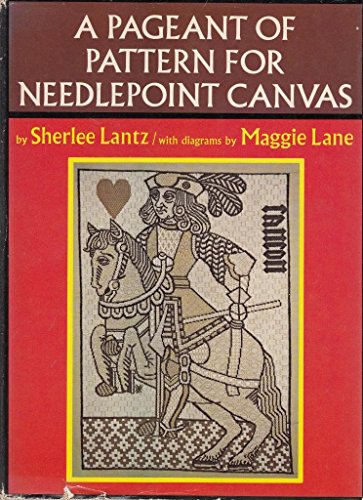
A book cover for A pageant of pattern for needlepoint canvas;: Centuries of design, textures, stitches, a new exploration; Sherlee Lantz; Crafts, Hobbies & Home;